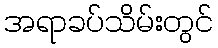
အရာခပ်သိမ်းတွင်